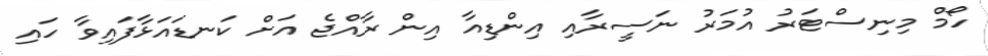
ހޯމް މިނިސްޓަރު އުމަރު ނަސީރާއި އިންޑިއާ އިން ރާއްޖެ އަށް ކަނޑައަޅާފައިވާ ހައި